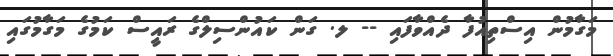
މަގާމުން އިސްތިއުފާ ދެއްވާފައި -- ލ. ގަން ކައުންސިލްގެ ރައީސް ކަމުގެ މަގާމުގައި